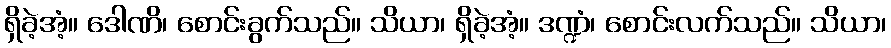
ရှိခဲ့အံ့။ ဒေါဏိ၊ စောင်းခွက်သည်။ သိယာ၊ ရှိခဲ့အံ့။ ဒဏ္ဍံ၊ စောင်းလက်သည်။ သိယာ၊